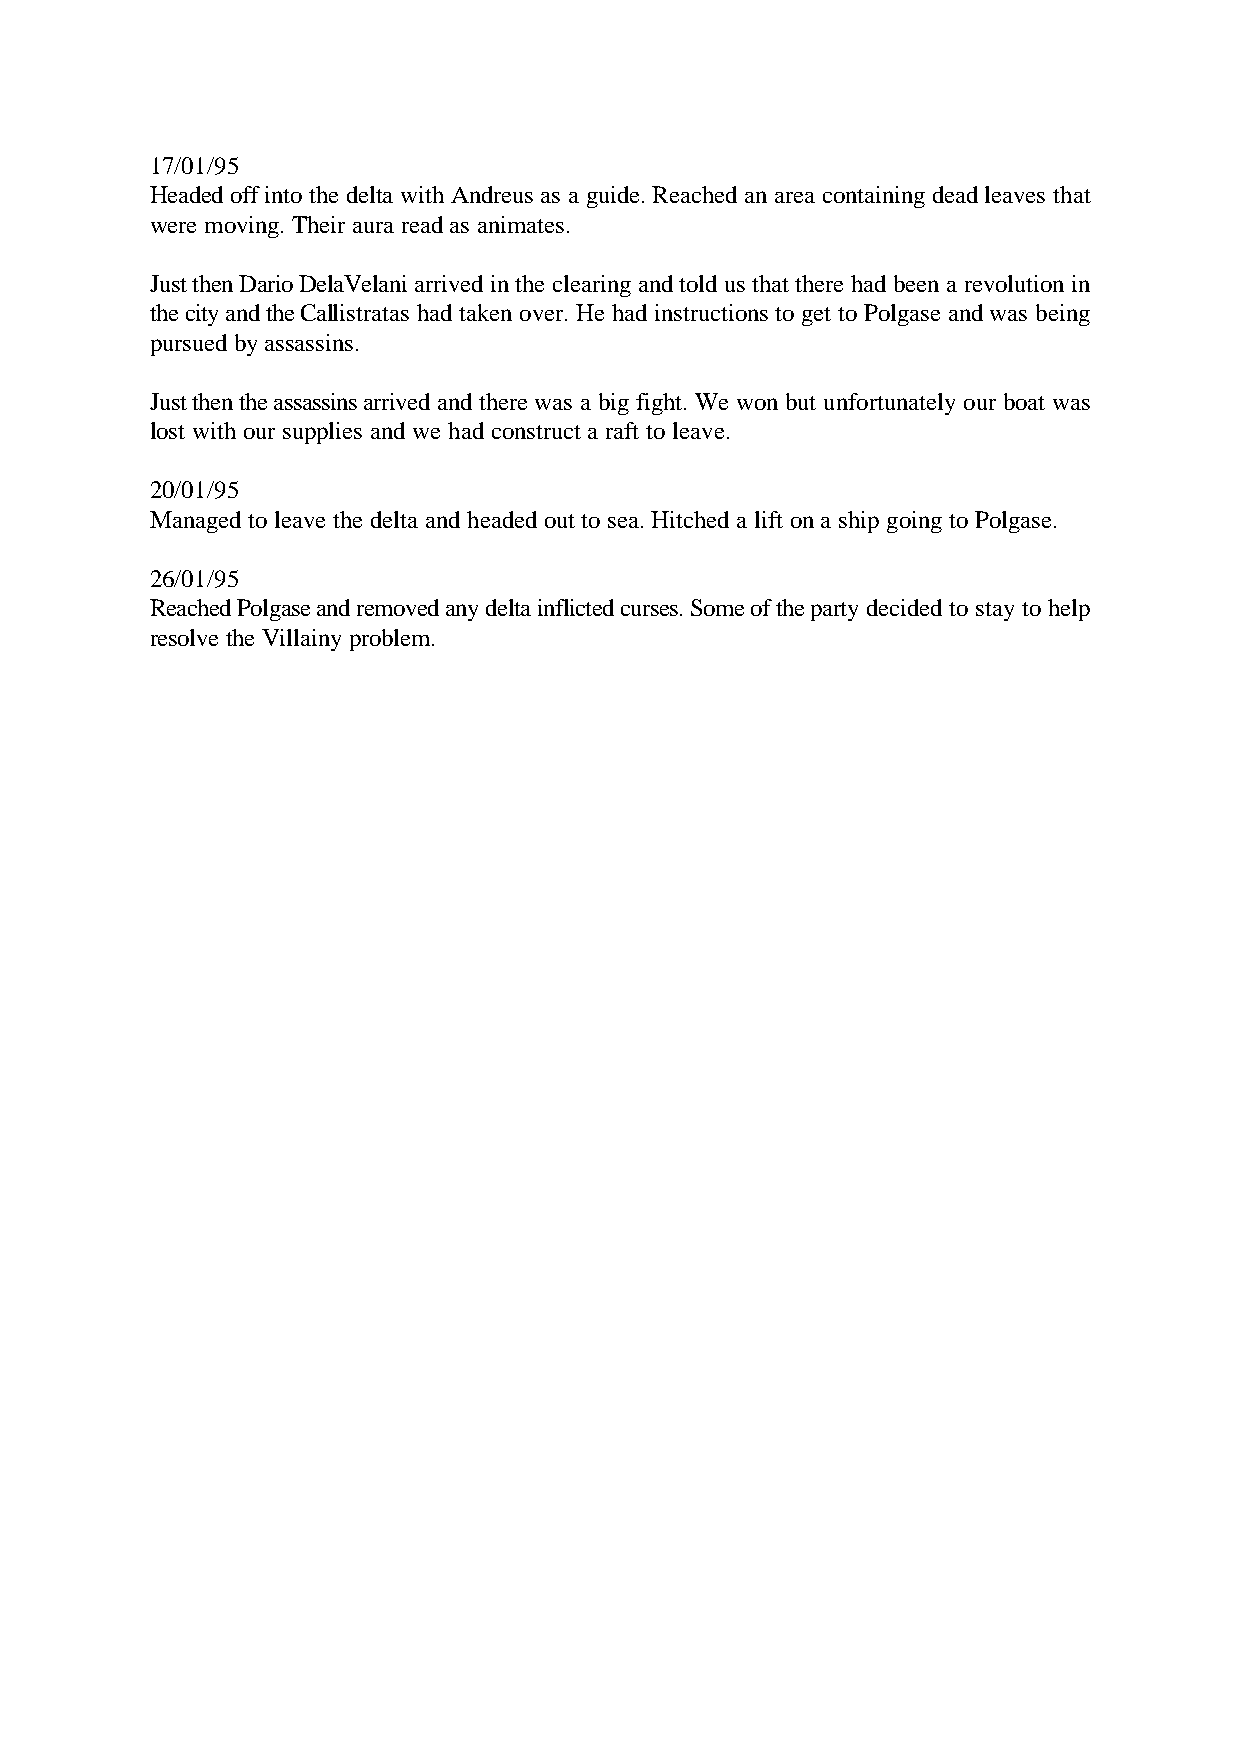
17/01/95
 Headed off into the delta with Andreus as a guide. Reached an area containing dead leaves that
 were moving. Their aura read as animates.
 Just then Dario DelaVelani arrived in the clearing and told us that there had been a revolution in
 the city and the Callistratas had taken over. He had instructions to get to Polgase and was being
 pursued by assassins.
 Just then the assassins arrived and there was a big fight. We won but unfortunately our boat was
 lost with our supplies and we had construct a raft to leave.
 20/01/95
 Managed to leave the delta and headed out to sea. Hitched a lift on a ship going to Polgase.
 26/01/95
 Reached Polgase and removed any delta inflicted curses. Some of the party decided to stay to help
 resolve the Villainy problem.